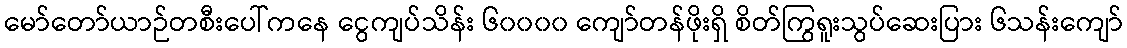
မော်တော်ယာဉ်တစီးပေါ်ကနေ ငွေကျပ်သိန်း ၆၀၀၀၀ ကျော်တန်ဖိုးရှိ စိတ်ကြွရူးသွပ်ဆေးပြား ၆သန်းကျော်